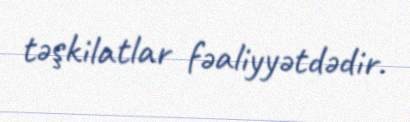
təşkilatlar fəaliyyətdədir.